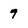
Character: 7